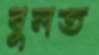
বুলত